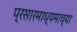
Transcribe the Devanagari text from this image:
प्रसारमाध्‍यमाच्‍या